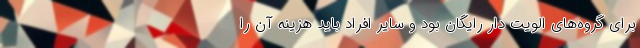
برای گروه‌های الویت دار رایگان بود و سایر افراد باید هزینه آن را